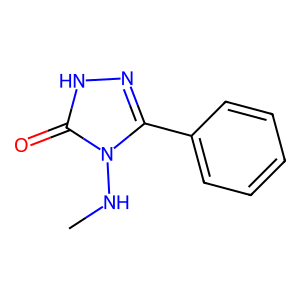
SMILES: CNn1c(-c2ccccc2)n[nH]c1=O
Inhibits HIV replication: Yes